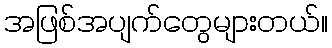
အဖြစ်အပျက်တွေများတယ်။